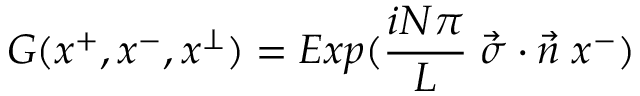
G ( x ^ { + } , x ^ { - } , x ^ { \perp } ) = E x p ( { \frac { i N \pi } { L } } \; \vec { \sigma } \cdot \vec { n } \; x ^ { - } )